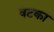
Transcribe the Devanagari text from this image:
षटका